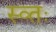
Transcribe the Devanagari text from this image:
स्व्तः